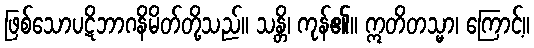
ဖြစ်သောပဋိဘာဂနိမိတ်တို့သည်။ သန္တိ၊ ကုန်၏။ ဣတိတသ္မာ၊ ကြောင့်။